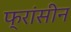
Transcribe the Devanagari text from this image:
फ्रांसीन